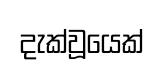
දැක්වූයෙක්